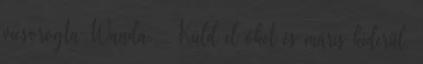
vicsorogta Wanda. – Küld el őket és máris kiderül,